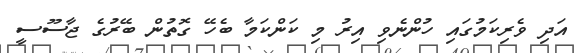
އަދި ވެރިކަމުގައި ހުންނެވި އިރު މި ކަންކަމާ ބެހޭ ގޮތުން ބޭރުގެ ޖާސޫސީ